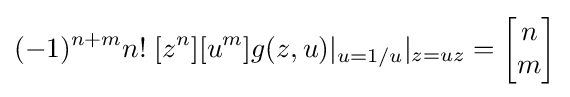
(-1)^{n+m}n!\;[z^{n}][u^{m}]g(z,u)|_{u=1/u}|_{z=uz}=\left[{\begin{matrix}n\\m\end{matrix}}\right]